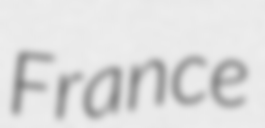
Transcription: France